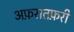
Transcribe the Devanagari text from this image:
अफ़रातफ़री